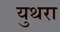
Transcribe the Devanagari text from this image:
युथरा